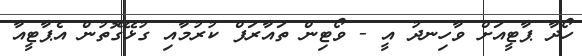
ހޯދާ ޕާޓީއަށް ވާހިނދު އީ - ވޯޓިން ތައާރަފް ކުރުމާއި ގުޅޭގޮތުން އެޕާޓީއާ